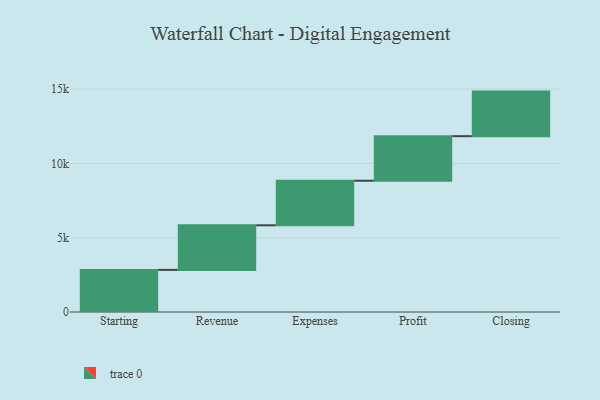
{"axis": {"x": "Step", "y": "Value"}, "legend": [""], "data": [{"x": "Starting", "y": 2835.0, "type": ""}, {"x": "Revenue", "y": 3000, "type": ""}, {"x": "Expenses", "y": 3000, "type": ""}, {"x": "Profit", "y": 3000, "type": ""}, {"x": "Closing", "y": 3000, "type": ""}]}